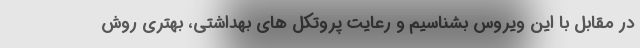
در مقابل با این ویروس بشناسیم و رعایت پروتکل های بهداشتی، بهتری روش